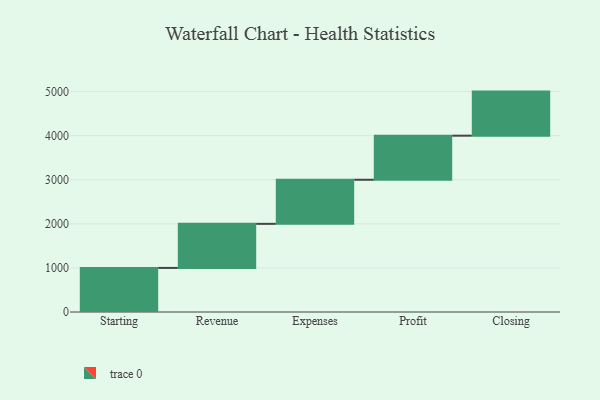
{"axis": {"x": "Step", "y": "Value"}, "legend": [""], "data": [{"x": "Starting", "y": 1000, "type": ""}, {"x": "Revenue", "y": 1000, "type": ""}, {"x": "Expenses", "y": 1000, "type": ""}, {"x": "Profit", "y": 1000, "type": ""}, {"x": "Closing", "y": 1000, "type": ""}]}